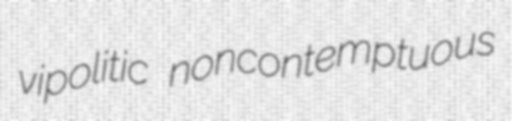
vipolitic noncontemptuous